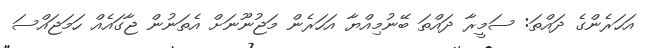
އަހަރެންގެ ދައްތަ: ސަމީރާ ދައްތަ ބޭނުމިއްޔާ އަހަރެން މަޖުނޫނަށް އެތަނުން ޖާގައެއް ހަމަޖައްސަ